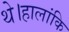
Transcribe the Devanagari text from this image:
थे।हालांकि